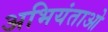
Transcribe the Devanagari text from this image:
अभियंताओ